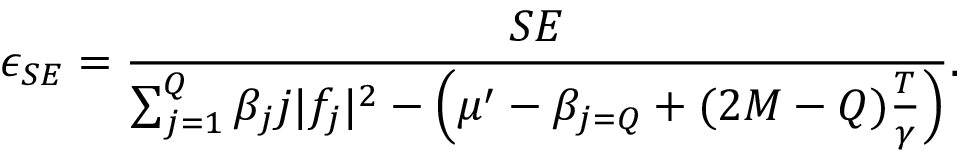
\epsilon _ { S E } = \frac { S E } { \sum _ { j = 1 } ^ { Q } \beta _ { j } j \lvert f _ { j } \rvert ^ { 2 } - \Big ( \mu ^ { \prime } - \beta _ { j = Q } + ( 2 M - Q ) \frac { T } { \gamma } \Big ) } .